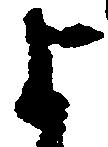
よ